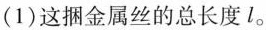
(1)这捆金属丝的总长度l。